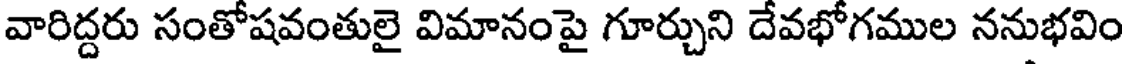
వారిద్దరు సంతోషవంతులై విమానంపై గూర్చుని దేవభోగముల ననుభవిం